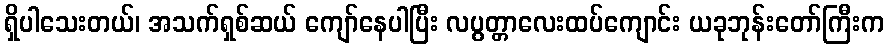
ရှိပါသေးတယ်၊ အသက်ရှစ်ဆယ် ကျော်နေပါပြီး လပွတ္တာလေးထပ်ကျောင်း ယခုဘုန်းတော်ကြီးက